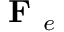
\textbf { F } _ { e }